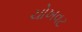
ચોખવટ